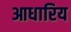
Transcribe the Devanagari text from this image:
आधारिय